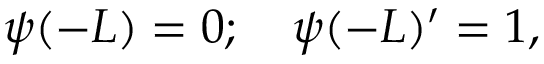
\psi ( - L ) = 0 ; \quad \psi ( - L ) ^ { \prime } = 1 ,